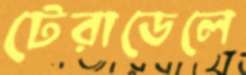
টেরাডেলে